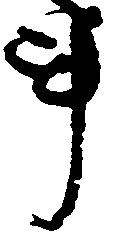
事